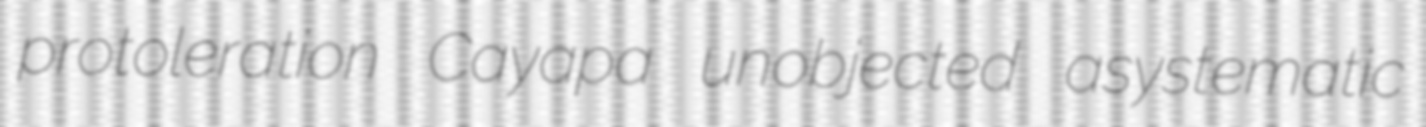
protoleration Cayapa unobjected asystematic